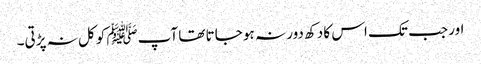
اور جب تک اس کا دکھ دور نہ ہو جاتا تھا آپﷺ کو کل نہ پڑتی۔